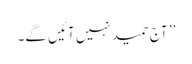
’’ آج حمید نہیں آئیں گے۔